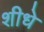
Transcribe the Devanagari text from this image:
शीधे